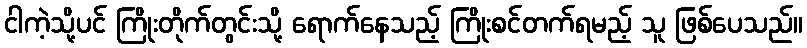
ငါကဲ့သို့ပင် ကြိုးတိုက်တွင်းသို့ ရောက်နေသည့် ကြိုးစင်တက်ရမည့် သူ ဖြစ်ပေသည်။